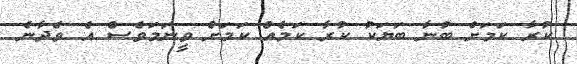
ކުރާ ކަމަށް ބުނާ ބަޔަކު ކުރާ ކަމެއް ކަމަށް ވީނަމަވެސް އެ ވެދާނެ